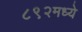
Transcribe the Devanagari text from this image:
८९२मध्ये